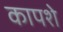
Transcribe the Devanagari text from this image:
कापशे